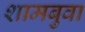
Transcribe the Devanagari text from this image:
शामबुवा